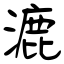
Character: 漉